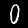
Label: 0